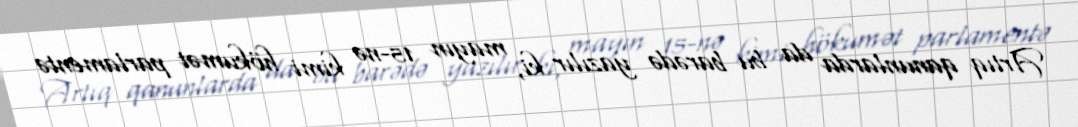
Artıq qanunlarda da bu barədə yazılır ki, mayın 15-nə kimi hökumət parlamentə